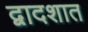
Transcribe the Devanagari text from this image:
द्वादशात